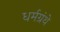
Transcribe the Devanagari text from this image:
धर्मग्रंथे